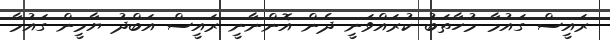
ރައީސް ގައުމާ މުހާތަބު ކުރައްވަނީ ދެން އޮންނާނީ ރައީސް އަބްދު ޔާމީން ގައުމާ